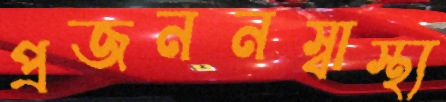
প্রজননস্বাস্থ্য